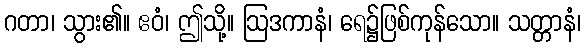
ဂတာ၊ သွား၏။ ဧဝံ၊ ဤသို့။ ဩဒကာနံ၊ ရေ၌ဖြစ်ကုန်သော။ သတ္တာနံ၊